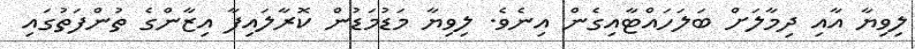
ލިވިޔާ އާއި ދިމާލަށް ބަލަހައްޓާއިގެން އިނެވެ. ލިވިޔާ މަޑުމަޑުން ކޮރާލައިފާ އިޒާންގެ ތުންފަތުގައި